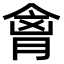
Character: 𫣍